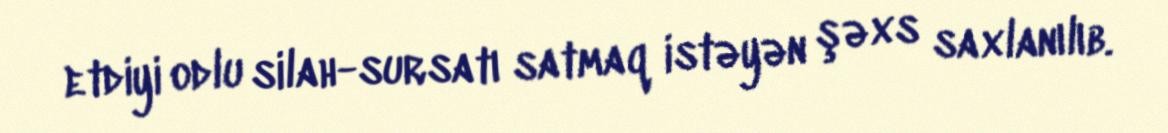
etdiyi odlu silah-sursatı satmaq istəyən şəxs saxlanılıb.